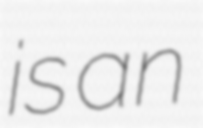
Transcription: is an